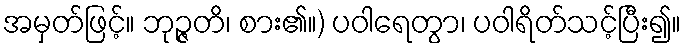
အမှတ်ဖြင့်။ ဘုဉ္ဇတိ၊ စား၏။) ပဝါရေတွာ၊ ပဝါရိတ်သင့်ပြီး၍။